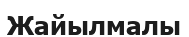
Жайылмалы